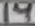
Text: 14